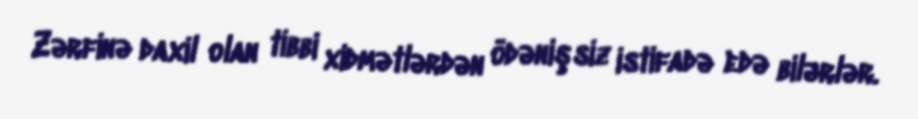
Zərfinə daxil olan tibbi xidmətlərdən ödənişsiz istifadə edə bilərlər.